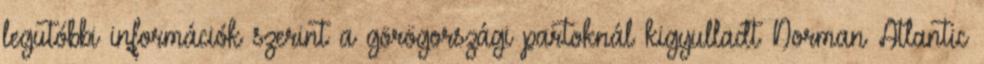
legutóbbi információk szerint a görögországi partoknál kigyulladt Norman Atlantic